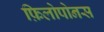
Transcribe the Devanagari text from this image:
फ़िलोपोनस